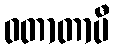
ဝတာတာပီ